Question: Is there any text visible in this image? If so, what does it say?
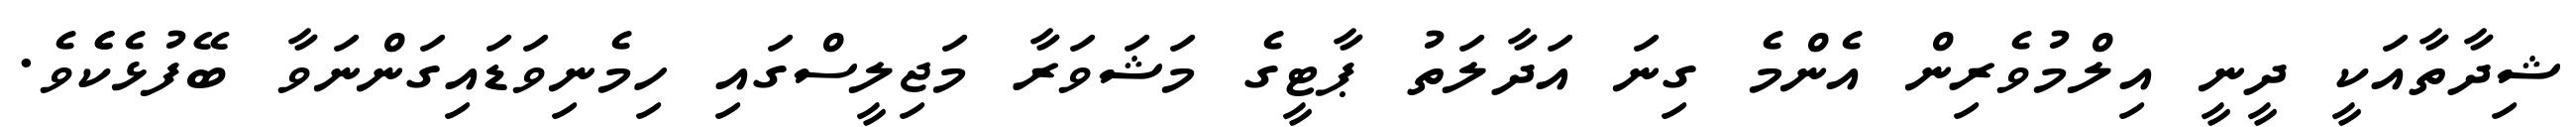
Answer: ޝިދާތާއަކީ ދީނީ އިލްމުވެރިން އެންމެ ގިނަ އަދާލަތު ޕާޓީގެ މަޝަވަރާ މަޖިލީސްގައި ހިމެނިވަޑައިގަންނަވާ ބޭފުޅެކެެވެ.